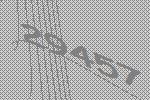
29457